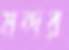
মন্দর